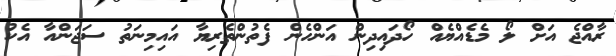
ރާއްޖެ އަށް ލޯ މެޑެއްޔެއް ހޯދައިދިން އަންހެން ފެތުންތެރިޔާ އައިމިނަތު ސަޖަންއާ އެކު